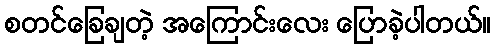
စတင်ခြေချတဲ့ အကြောင်းလေး ပြောခဲ့ပါတယ်။